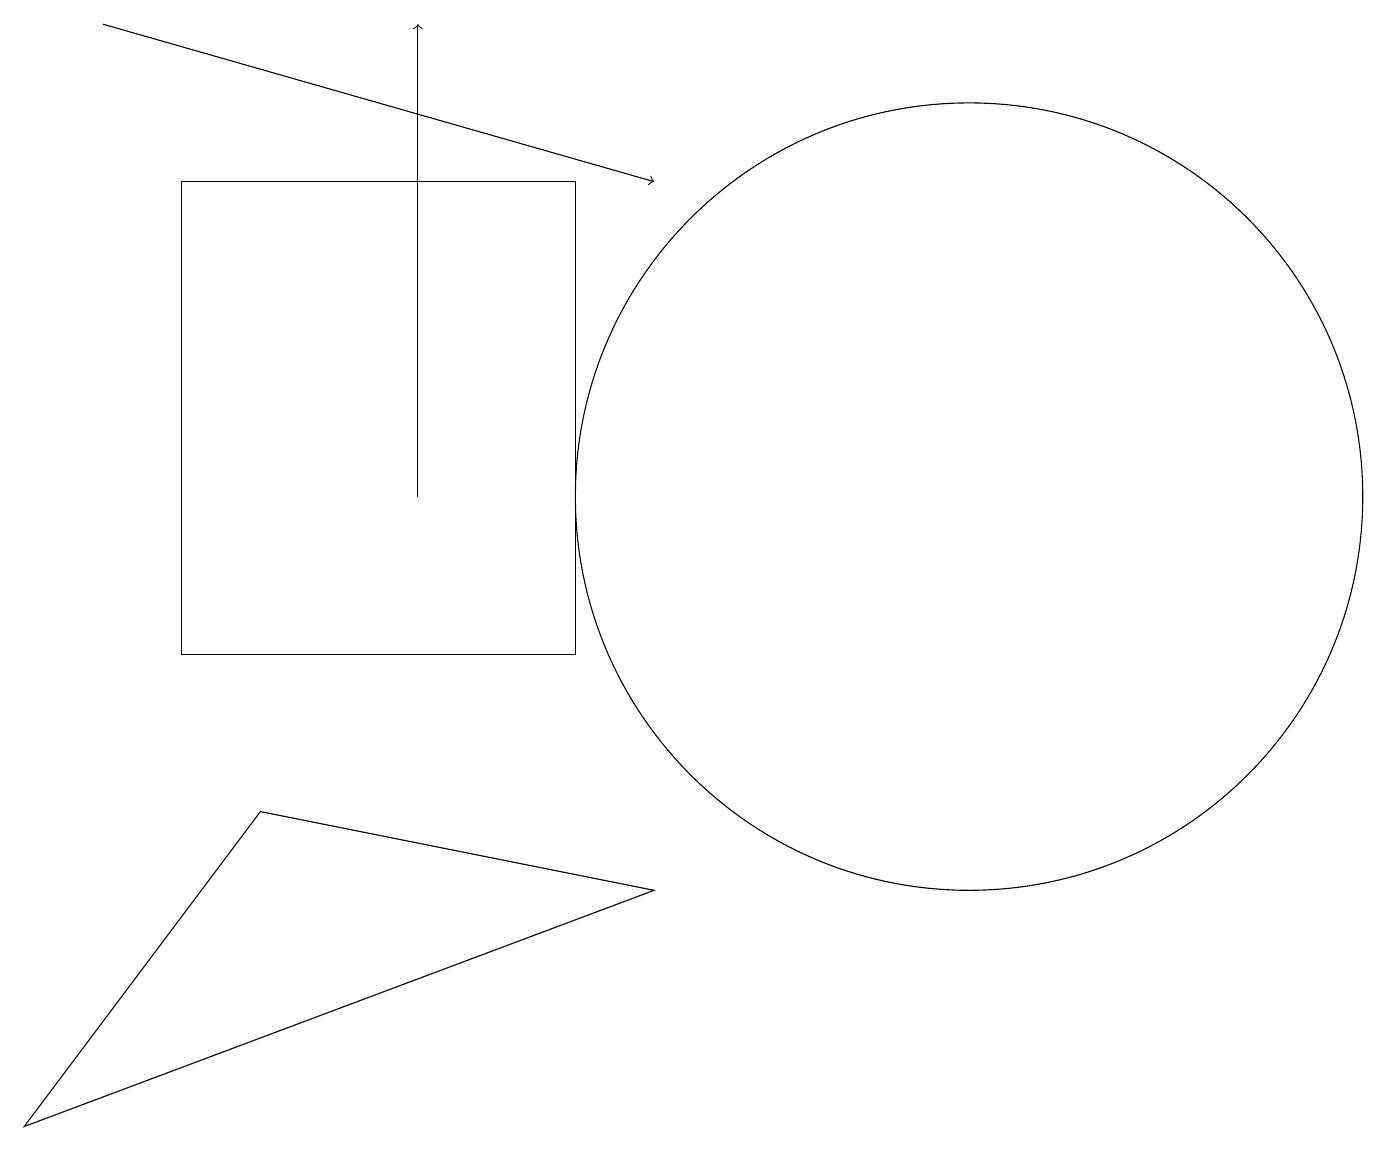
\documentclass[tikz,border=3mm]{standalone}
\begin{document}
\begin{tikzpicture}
\draw (7,16) rectangle (2,10);
\draw (12,12) circle (5);
\draw (3,8) -- (8,7) -- (0,4) -- cycle;
\draw (10,11) circle (0);
\draw[->] (5,12) -- (5,18);
\draw[->] (1,18) -- (8,16);
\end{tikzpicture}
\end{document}